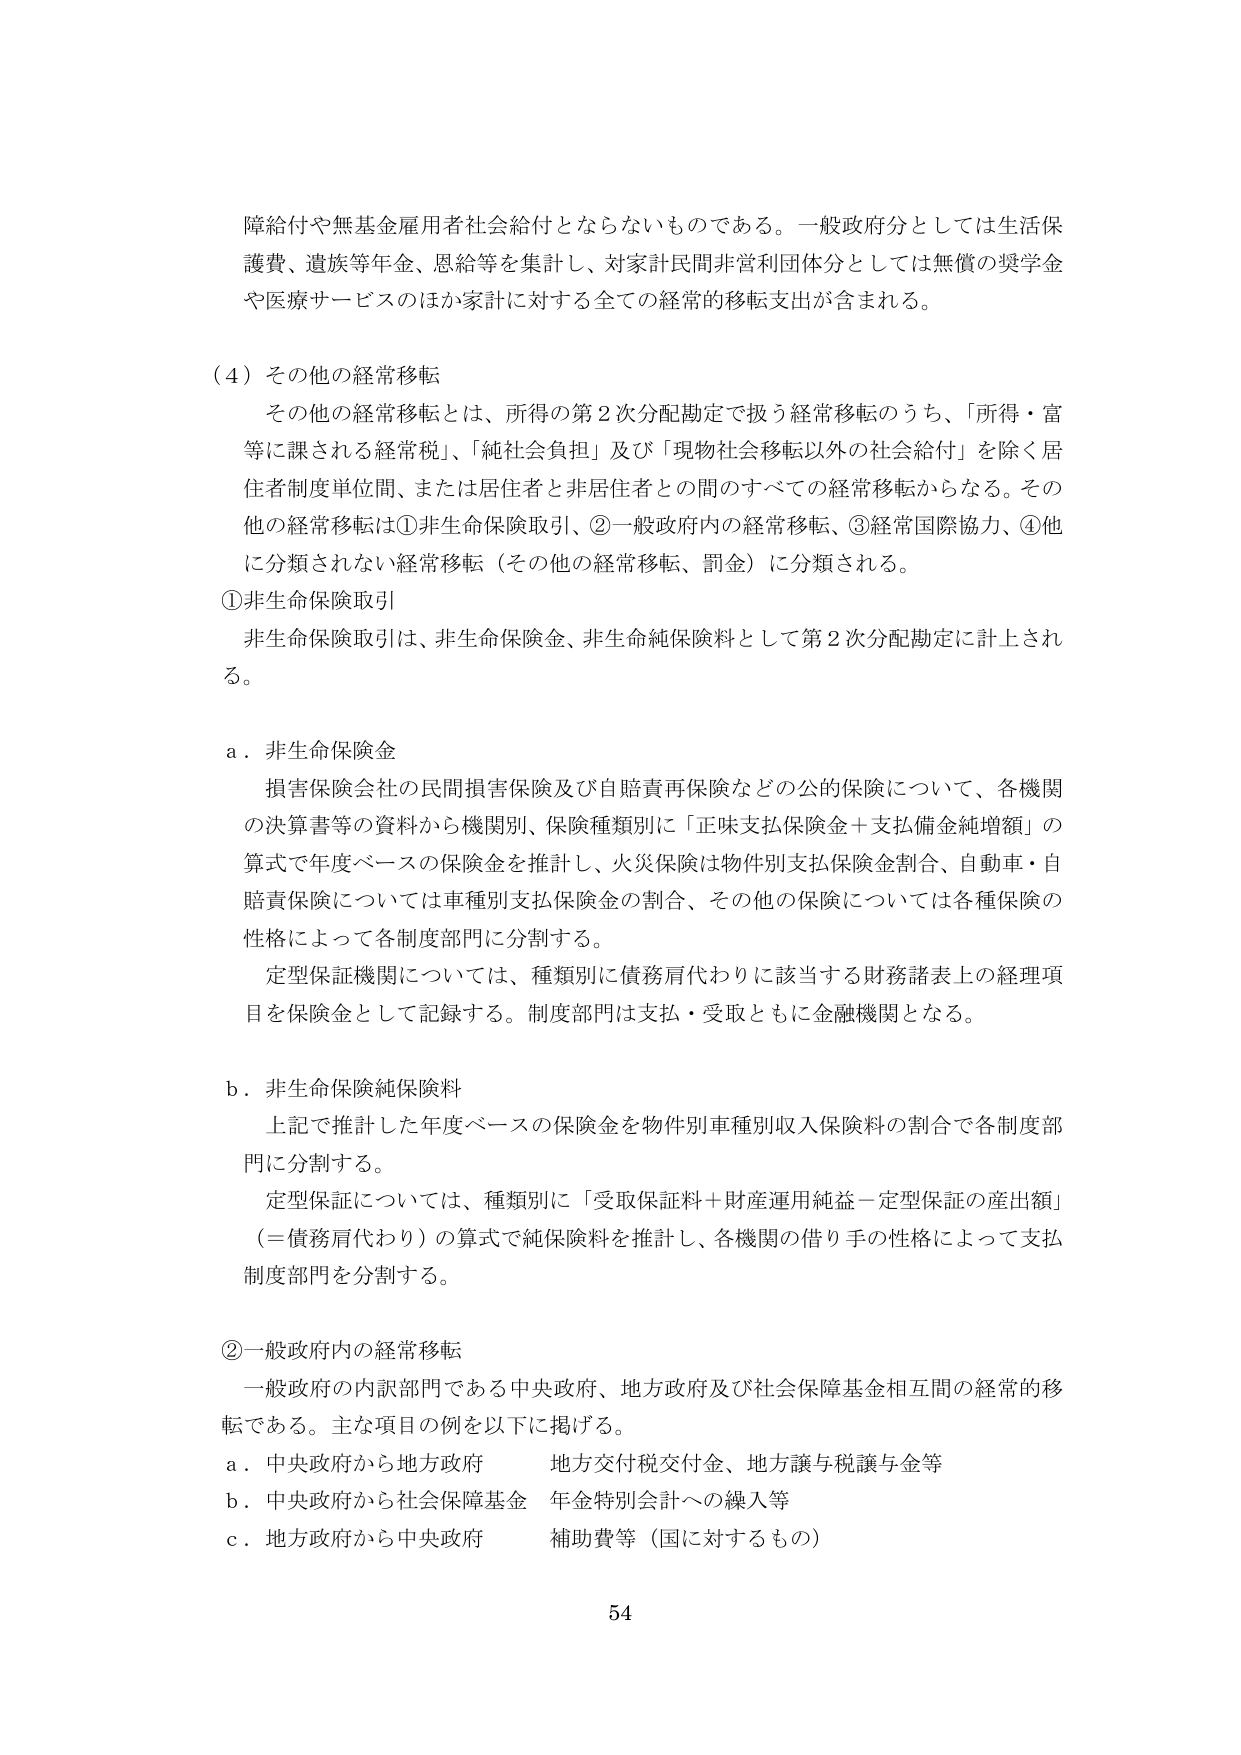
障給付や無基金雇用者社会給付とならないものである。一般政府分としては生活保護費、遺族等年金、恩給等を集計し、対家計民間非営利団体分としては無償の奨学金や医療サービスのほか家計に対する全ての経常的移転支出が含まれる。

（４）その他の経常移転

その他の経常移転とは、所得の第２次分配勘定で扱う経常移転のうち、「所得・富等に課される経常税」、「純社会負担」及び「現物社会移転以外の社会給付」を除く居住者制度単位間、または居住者と非居住者との間のすべての経常移転からなる。その他の経常移転は①非生命保険取引、②一般政府内の経常移転、③経常国際協力、④他に分類されない経常移転（その他の経常移転、罰金）に分類される。

①非生命保険取引

非生命保険取引は、非生命保険金、非生命純保険料として第２次分配勘定に計上される。

ａ．非生命保険金

損害保険会社の民間損害保険及び自賠責再保険などの公的保険について、各機関の決算書等の資料から機関別、保険種類別に「正味支払保険金＋支払備金純増額」の算式で年度ベースの保険金を推計し、火災保険は物件別支払保険金割合、自動車・自賠責保険については車種別支払保険金の割合、その他の保険については各種保険の性格によって各制度部門に分割する。

定型保証機関については、種類別に債務肩代わりに該当する財務諸表上の経理項目を保険金として記録する。制度部門は支払・受取ともに金融機関となる。

ｂ．非生命保険純保険料

上記で推計した年度ベースの保険金を物件別車種別収入保険料の割合で各制度部門に分割する。

定型保証については、種類別に「受取保証料＋財産運用純益－定型保証の産出額」（＝債務肩代わり）の算式で純保険料を推計し、各機関の借り手の性格によって支払制度部門を分割する。

②一般政府内の経常移転

一般政府の内訳部門である中央政府、地方政府及び社会保障基金相互間の経常的移転である。主な項目の例を以下に掲げる。

ａ．中央政府から地方政府　　地方交付税交付金、地方譲与税譲与金等

ｂ．中央政府から社会保障基金　年金特別会計への繰入等

ｃ．地方政府から中央政府　　補助費等（国に対するもの）

54